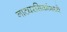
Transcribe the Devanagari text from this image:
नाट्यरसिकांमध्ये